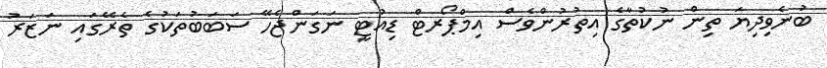
ބުނެވިދިޔަ ތިން ނުކުތާގެ އިތުރުންވެސް އިމްޕޯރޓް ޑިއުޓީ ނަގަންޖެހޭ ސަބަބުތަކުގެ ތެރޭގައި ނަޒަރު